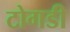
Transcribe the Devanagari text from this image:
टोगडी